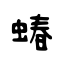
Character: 蝽